Civil Veterinary Department. Central Provinces & Berar 1925-31 - 1925-1931
Year: 1925
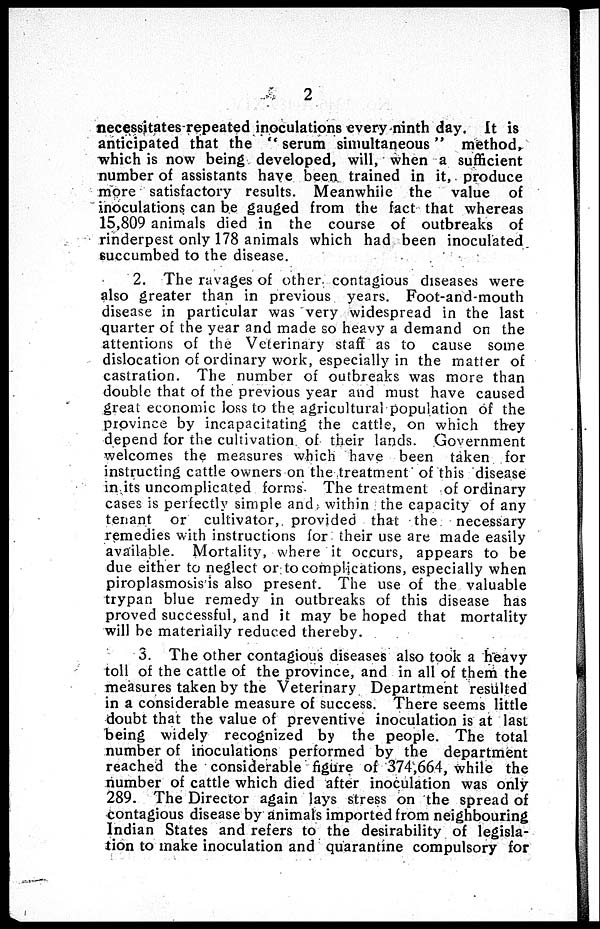
2
necessitates repeated inoculations every ninth day. It is
anticipated that the "serum simultaneous" method,
which is now being developed, will, when a sufficient
number of assistants have been trained in it, produce
more satisfactory results. Meanwhile the value of
inoculations can be gauged from the fact that whereas
15,809 animals died in the course of outbreaks of
rinderpest only 178 animals which had been inoculated
succumbed to the disease.
2. The ravages of other contagious diseases were
also greater than in previous years. Foot-and-mouth
disease in particular was very widespread in the last
quarter of the year and made so heavy a demand on the
attentions of the Veterinary staff as to cause some
dislocation of ordinary work, especially in the matter of
castration. The number of outbreaks was more than
double that of the previous year and must have caused
great economic loss to the agricultural population of the
province by incapacitating the cattle, on which they
depend for the cultivation of their lands. Government
welcomes the measures which have been taken for
instructing cattle owners on the treatment of this disease
in its uncomplicated forms. The treatment of ordinary
cases is perfectly simple and within the capacity of any
tenant or cultivator, provided that the necessary
remedies with instructions for their use are made easily
available. Mortality, where it occurs, appears to be
due either to neglect or to complications, especially when
piroplasmosis is also present. The use of the valuable
trypan blue remedy in outbreaks of this disease has
proved successful, and it may be hoped that mortality
will be materially reduced thereby.
3. The other contagious diseases also took a heavy
toll of the cattle of the province, and in all of them the
measures taken by the Veterinary Department resulted
in a considerable measure of success. There seems little
doubt that the value of preventive inoculation is at last
being widely recognized by the people. The total
number of inoculations performed by the department
reached the considerable figure of 374,664, while the
number of cattle which died after inoculation was only
289. The Director again lays stress on the spread of
contagious disease by animals imported from neighbouring
Indian States and refers to the desirability of legisla-
tion to make inoculation and quarantine compulsory for